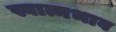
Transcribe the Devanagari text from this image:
स्वात्मभाव